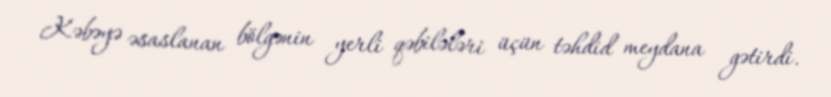
Kəbəyə əsaslanan bölgənin yerli qəbilələri üçün təhdid meydana gətirdi.